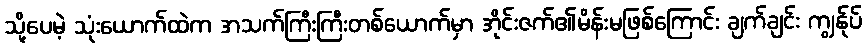
သို့ပေမဲ့ သုံးယောက်ထဲက အသက်ကြီးကြီးတစ်ယောက်မှာ အိုင်းဇက်၏မိန်းမဖြစ်ကြောင်း ချက်ချင်း ကျွန်ုပ်